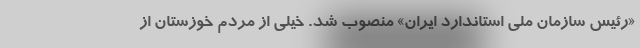
«رئیس سازمان ملی استاندارد ایران» منصوب شد. خیلی از مردم خوزستان از